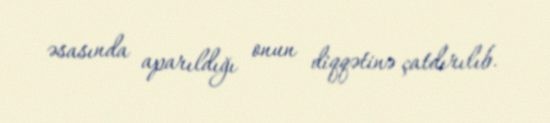
əsasında aparıldığı onun diqqətinə çatdırılıb.